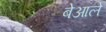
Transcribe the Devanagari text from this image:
बेआले